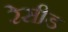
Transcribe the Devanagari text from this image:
रेसीड